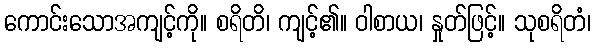
ကောင်းသောအကျင့်ကို။ စရိတိ၊ ကျင့်၏။ ဝါစာယ၊ နှုတ်ဖြင့်။ သုစရိတံ၊